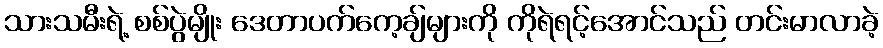
သားသမီးရဲ့ စစ်ပွဲမျိုး ဒေတာပက်ကေ့ချ်များကို ကိုရဲရင့်အောင်သည် တင်းမာလာခဲ့